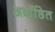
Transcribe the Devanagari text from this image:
अवाँछित